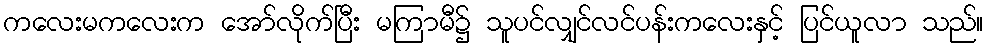
ကလေးမကလေးက အော်လိုက်ပြီး မကြာမီ၌ သူပင်လျှင်လင်ပန်းကလေးနှင့် ပြင်ယူလာ သည်။